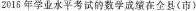
2016年学业水平考试的数学成绩在全县(市)